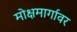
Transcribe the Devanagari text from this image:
मोक्षमार्गावर